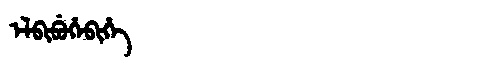
Manchu: ᡝᠯᠪᡳᠪᡠᡥᡝᠪᡳᡥᡝ
Romanization: ELBIBUHEBIHE